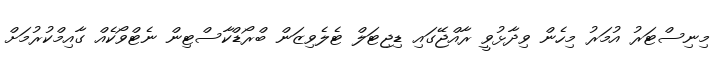
މިނިސްޓަރު އުމަރު މިހެން ވިދާޅުވީ ރާއްޖޭގައި ޑިޖިޓަލް ޓެލެވިޒަން ބްރޯޑްކާސްޓިން ނެޓްވޯކެއް ގާއިމްކުރުމަށް